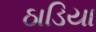
ઠાડિયા